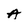
Character: A